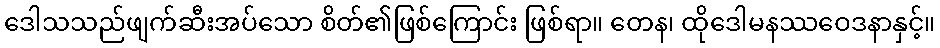
ဒေါသသည်ဖျက်ဆီးအပ်သော စိတ်၏ဖြစ်ကြောင်း ဖြစ်ရာ။ တေန၊ ထိုဒေါမနဿဝေဒနာနှင့်။